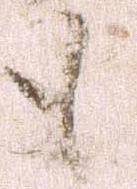
も